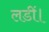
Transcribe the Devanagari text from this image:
लडीं।